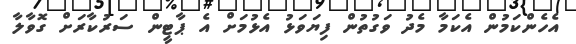
އެހެންކަމުން އެކަމާ މެދު ވަގުތުން ފިޔަވަޅު އެޅުމަށް އެ ޕާޓީން ސަރުކާރަށް ގޮވާލާ